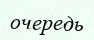
очередь